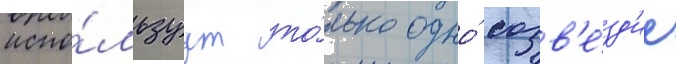
испо́льзуут то́лько одно́ созв'е́зд'ие